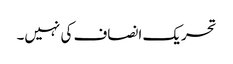
تحریک انصاف کی نہیں۔